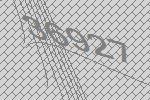
36927